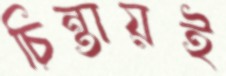
চিন্তায়ই